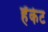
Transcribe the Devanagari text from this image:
हॅकेट